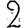
Digit: 2